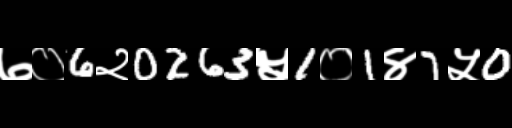
Text: ७०6२0263५1०1४7५0